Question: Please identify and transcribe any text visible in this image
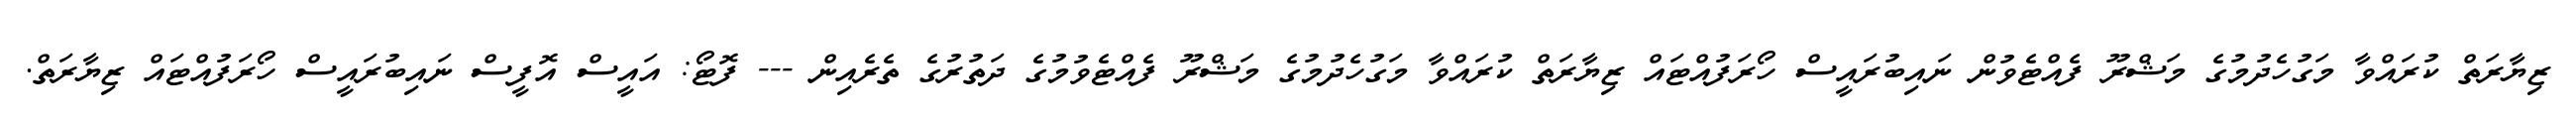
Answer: ޒިޔާރަތް ކުރައްވާ މަގުހެދުމުގެ މަޝްރޫ ފެއްޓެވުން ނައިބުރައީސް ހޯރަފުއްޓައް ޒިޔާރަތް ކުރައްވާ މަގުހެދުމުގެ މަޝްރޫ ފެއްޓެވުމުގެ ދަތުރުގެ ތެރެއިން --- ފޮޓޯ: އައީސް އޮފީސް ނައިބުރައީސް ހޯރަފުއްޓައް ޒިޔާރަތް.